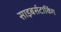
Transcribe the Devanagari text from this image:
साइबर्सटाकिंग